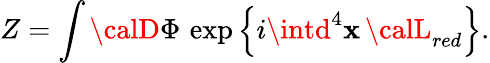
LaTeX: Z=\int{\calD}\Phi\, \exp\left\{ i\intd^{4}\mathbf{x}\, {\calL}_{red}\right\} .